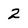
Character: 2